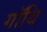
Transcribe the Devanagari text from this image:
गॉथि